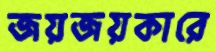
জয়জয়কারে